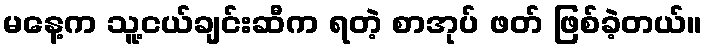
မနေ့က သူ့ငယ်ချင်းဆီက ရတဲ့ စာအုပ် ဖတ် ဖြစ်ခဲ့တယ်။